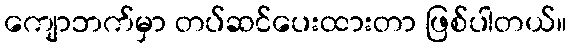
ကျောဘက်မှာ တပ်ဆင်ပေးထားတာ ဖြစ်ပါတယ်။